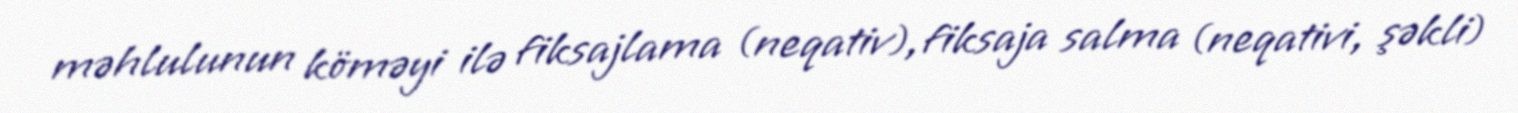
məhlulunun köməyi ilə fiksajlama (neqativ), fiksaja salma (neqativi, şəkli)